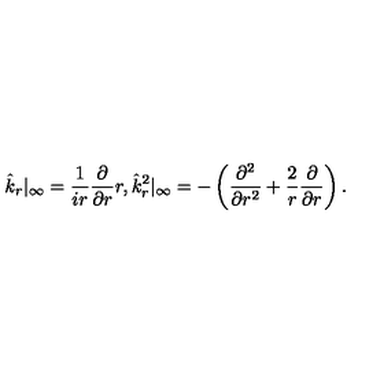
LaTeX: \hat { k } _ { r } | _ { \infty } = { \frac { 1 } { i r } } { \frac { \partial } { \partial r } } r , \hat { k } _ { r } ^ { 2 } | _ { \infty } = - \left( { \frac { \partial ^ { 2 } } { \partial r ^ { 2 } } } + { \frac { 2 } { r } } { \frac { \partial } { \partial r } } \right) .